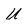
Character: U